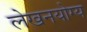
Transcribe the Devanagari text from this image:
लेखनयोग्य